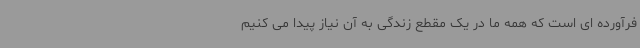
فرآورده ای است که همه ما در یک مقطع زندگی به آن نیاز پیدا می کنیم